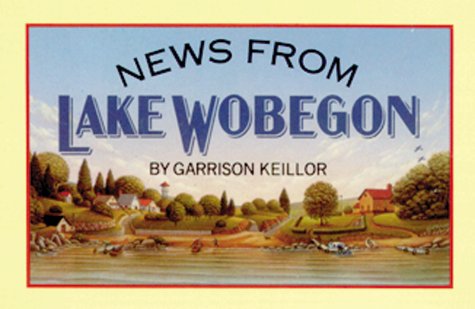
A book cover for News from Lake Wobegon; Garrison Keillor; Humor & Entertainment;